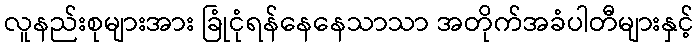
လူနည်းစုများအား ခြုံငုံရန်နေနေသာသာ အတိုက်အခံပါတီများနှင့်